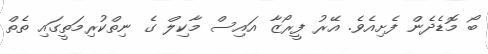
ބޯ މޮޑެދެން ފެށިއެވެ. އޭރު ފީރޯޒާ އައިސް މާކިލް ގެ ނިތްކުރިމަތީގައި ތެތް